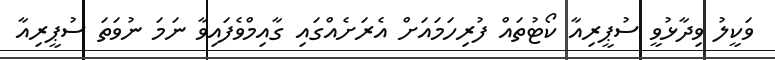
ވަކީލު ވިދާޅުވީ ސުޕީރިއާ ކޯޓުތައް ފުރިހަމައަށް އެރަށެއްގައި ގާއިމްވެފައިވާ ނަމަ ނުވަތަ ސުޕީރިއާ